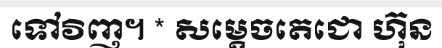
ទៅវិញ។ * សម្តេចតេជោ ហ៊ុន